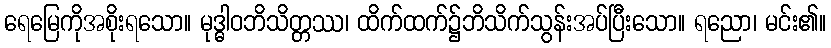
ရေမြေကိုအစိုးရသော။ မုဒ္ဓါဝဘိသိတ္တဿ၊ ထိက်ထက်၌ဘိသိက်သွန်းအပ်ပြီးသော။ ရညော၊ မင်း၏။